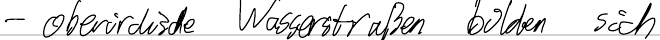
- oberirdische Wasserstraßen bilden sich